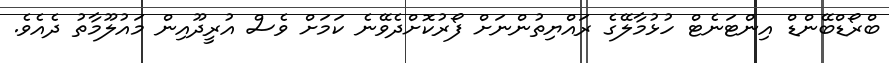
ބްރޯޑްބޭންޑް އިންޓަނެޓް ހުޅުމާލޭގެ ރައްޔިތުންނަށް ފޯރުކޮށްދެވޭނެ ކަމަށް ވެސް އުރީދޫއިން މައުލޫމާތު ދެއެވެ.